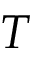
T